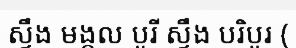
ស្ទឹង មង្គល បូរី ស្ទឹង បរិបូរ (